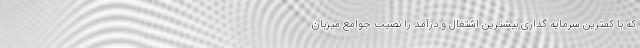
که با کمترین سرمایه گذاری بیشترین اشتغال و درآمد را نصیب جوامع میزبان